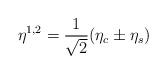
LaTeX: \begin{align*}\eta^{1,2}=\frac{1}{\sqrt{2}}(\eta_c\pm\eta_s)\end{align*}